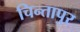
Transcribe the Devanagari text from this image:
चिन्तापुर